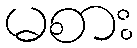
မစား